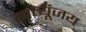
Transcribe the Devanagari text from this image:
मृत्यूंजय